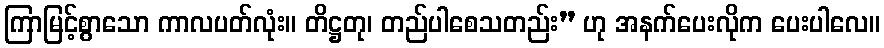
ကြာမြင့်စွာသော ကာလပတ်လုံး။ တိဋ္ဌတု၊ တည်ပါစေသတည်း” ဟု အနက်ပေးလိုက ပေးပါလေ။